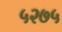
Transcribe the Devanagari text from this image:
५२७५